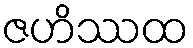
ဇဟိဿထ